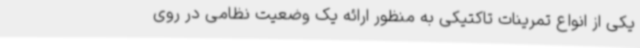
یکی از انواع تمرینات تاکتیکی به منظور ارائه یک وضعیت نظامی در روی